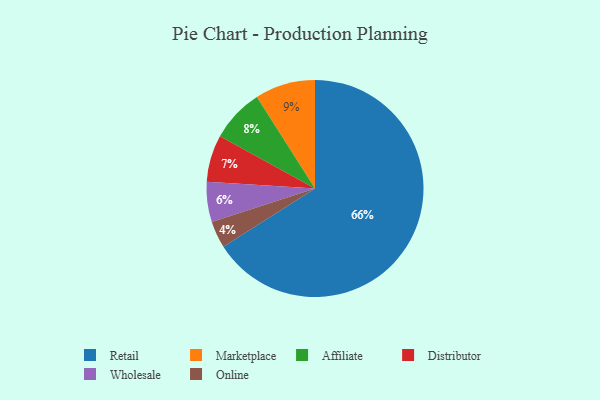
{"axis": {"x": "Category", "y": "Percentage"}, "legend": ["Affiliate", "Distributor", "Marketplace", "Online", "Retail", "Wholesale"], "data": [{"x": "Retail", "y": 66, "type": "Retail"}, {"x": "Affiliate", "y": 8, "type": "Affiliate"}, {"x": "Wholesale", "y": 6, "type": "Wholesale"}, {"x": "Marketplace", "y": 9, "type": "Marketplace"}, {"x": "Distributor", "y": 7, "type": "Distributor"}, {"x": "Online", "y": 4, "type": "Online"}]}